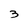
Character: 3